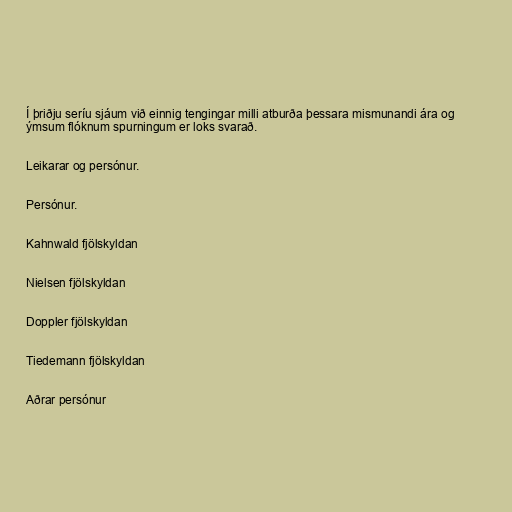
Í þriðju seríu sjáum við einnig tengingar milli atburða þessara mismunandi ára og
ýmsum flóknum spurningum er loks svarað.

Leikarar og persónur.

Persónur.

Kahnwald fjölskyldan

Nielsen fjölskyldan

Doppler fjölskyldan

Tiedemann fjölskyldan

Aðrar persónur